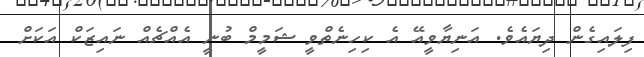
ފިލައިގެން ދިޔައެވެ. އަނިޔާވީއޭ އެ ކިހިނެތްވީ ޝަމީމް ބުނީ އެއްޗެއް ނައިޒަކް އަކަށް